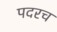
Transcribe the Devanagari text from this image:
पदरच